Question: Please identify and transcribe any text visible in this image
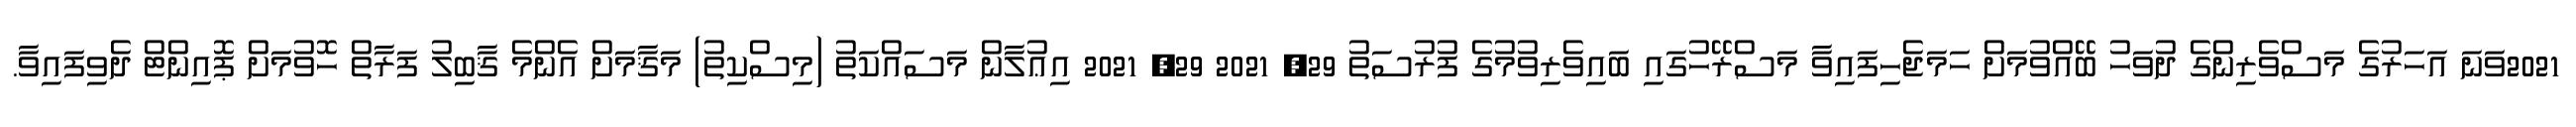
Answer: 2021ވަނަ އަހަރުގެ މަސްވެރިންގެ ދުވަހު ބޭއްވުމަށް ހަމަޖެހިފައިވާ މަސްރޭހުގައި ބައިވެރިވުމުގެ ފުރުސަތު 29, 2021 29, 2021 އިޢުލާން މަސައްކަތު (މިސްކިތު) މަޤާމަށް އެންމެ ޤާބިލު ފަރާތް ހޮވުމަށް ޕޮއިންޓް ދެވިފައިވާ.